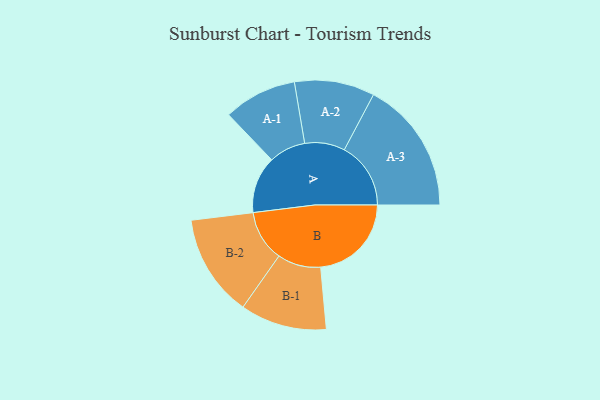
{"axis": {"x": "Segment", "y": "Value"}, "legend": ["", "A", "B"], "data": [{"x": "A", "y": 216, "type": ""}, {"x": "B", "y": 344, "type": ""}, {"x": "A-1", "y": 139, "type": "A"}, {"x": "A-2", "y": 152, "type": "A"}, {"x": "A-3", "y": 252, "type": "A"}, {"x": "B-1", "y": 164, "type": "B"}, {"x": "B-2", "y": 194, "type": "B"}]}